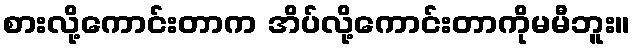
စားလို့ကောင်းတာက အိပ်လို့ကောင်းတာကိုမမီဘူး။